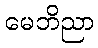
မေဘိညာ